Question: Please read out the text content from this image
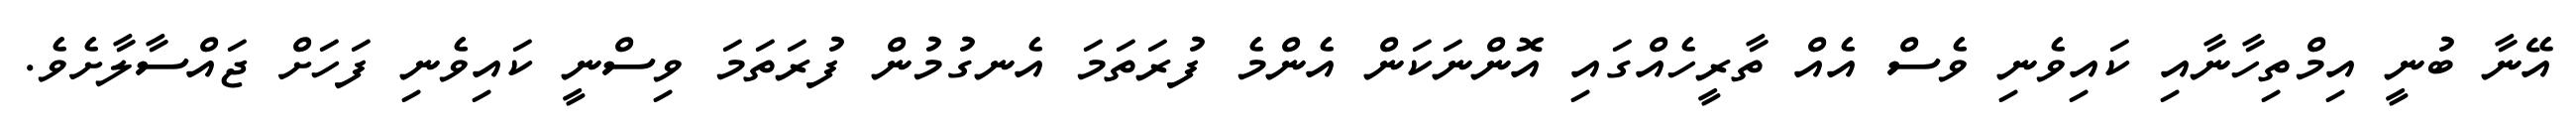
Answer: އޭނާ ބުނީ އިމްތިހާނާއި ކައިވެނި ވެސް އެއް ތާރީހެއްގައި އޮންނަކަން އެންމެ ފުރަތަމަ އެނގުމުން ފުރަތަމަ ވިސްނީ ކައިވެނި ފަހަށް ޖައްސާލާށެވެ.